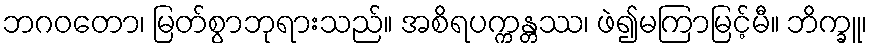
ဘဂဝတော၊ မြတ်စွာဘုရားသည်။ အစိရပက္ကန္တဿ၊ ဖဲ၍မကြာမြင့်မီ။ ဘိက္ခူ၊